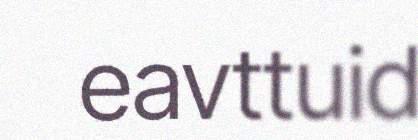
eavttuid